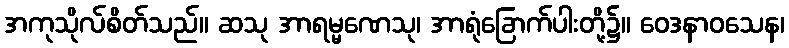
အကုသိုလ်စိတ်သည်။ ဆသု အာရမ္မဏေသု၊ အာရုံခြောက်ပါးတို့၌။ ဝေဒနာဝသေန၊